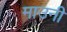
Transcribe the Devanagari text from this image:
माउनी